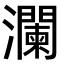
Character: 瀾